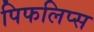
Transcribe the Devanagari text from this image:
पिफलिप्स